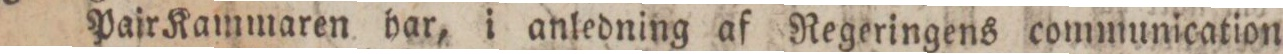
Pair Kammaren har, i anledning af Regeringens communication